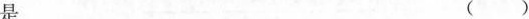
是 ()